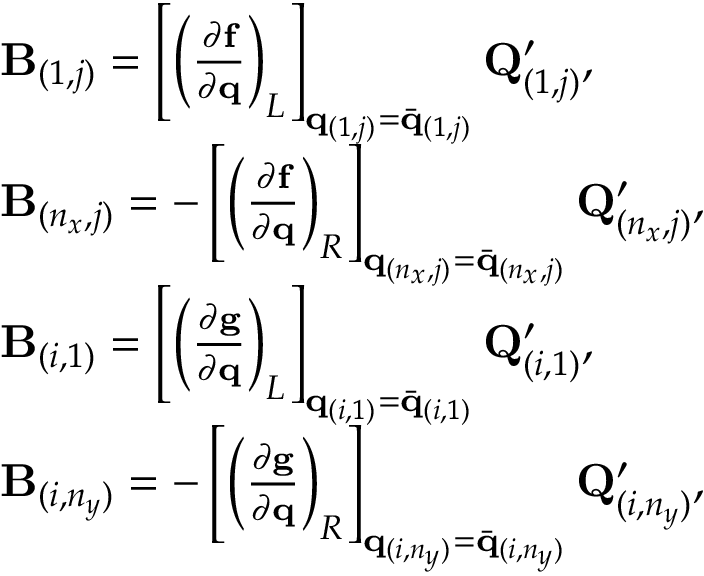
\begin{array} { r l } & { \mathbf { B } _ { ( 1 , j ) } = \left[ \left( \frac { \partial \mathbf { f } } { \partial \mathbf { q } } \right) _ { L } \right] _ { \mathbf { q } _ { ( 1 , j ) } = \Bar { \mathbf { q } } _ { ( 1 , j ) } } \mathbf { Q } _ { ( 1 , j ) } ^ { \prime } , } \\ & { \mathbf { B } _ { ( n _ { x } , j ) } = - \left[ \left( \frac { \partial \mathbf { f } } { \partial \mathbf { q } } \right) _ { R } \right] _ { \mathbf { q } _ { ( n _ { x } , j ) } = \Bar { \mathbf { q } } _ { ( n _ { x } , j ) } } \mathbf { Q } _ { ( n _ { x } , j ) } ^ { \prime } , } \\ & { \mathbf { B } _ { ( i , 1 ) } = \left[ \left( \frac { \partial \mathbf { g } } { \partial \mathbf { q } } \right) _ { L } \right] _ { \mathbf { q } _ { ( i , 1 ) } = \Bar { \mathbf { q } } _ { ( i , 1 ) } } \mathbf { Q } _ { ( i , 1 ) } ^ { \prime } , } \\ & { \mathbf { B } _ { ( i , n _ { y } ) } = - \left[ \left( \frac { \partial \mathbf { g } } { \partial \mathbf { q } } \right) _ { R } \right] _ { \mathbf { q } _ { ( i , n _ { y } ) } = \Bar { \mathbf { q } } _ { ( i , n _ { y } ) } } \mathbf { Q } _ { ( i , n _ { y } ) } ^ { \prime } , } \end{array}